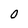
Character: O